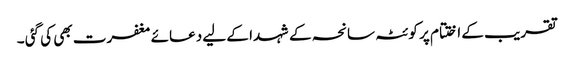
تقریب کے اختتام پر کوئٹہ سانحہ کے شہدا کے لیے دعائے مغفرت بھی کی گئی ۔